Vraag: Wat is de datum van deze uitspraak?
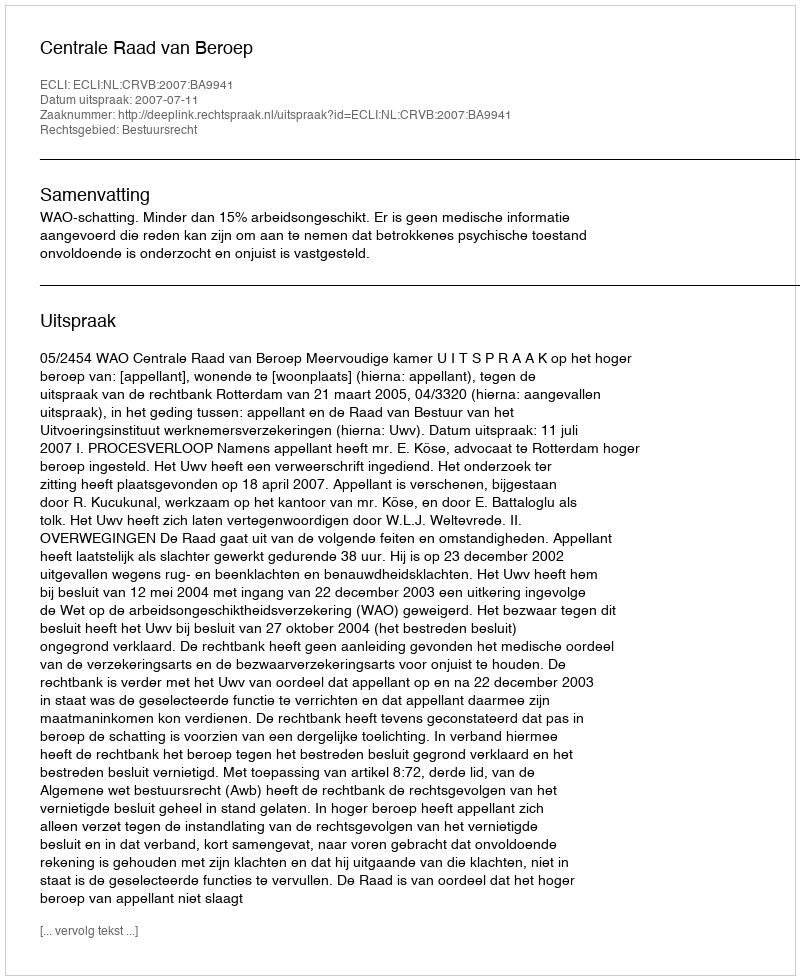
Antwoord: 2007-07-11